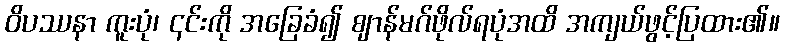
ဝိပဿနာ ကူးပုံ၊ ၎င်းကို အခြေခံ၍ ဈာန်မဂ်ဖိုလ်ရပုံအထိ အကျယ်ဖွင့်ပြထား၏။